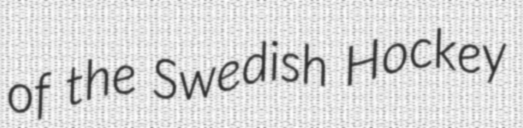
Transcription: of the Swedish Hockey